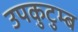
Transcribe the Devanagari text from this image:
उपकुटुम्ब